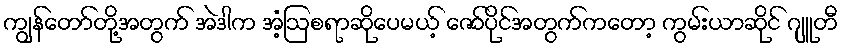
ကျွန်တော်တို့အတွက် အဲဒါက အံ့ဩစရာဆိုပေမယ့် ဇော်ပိုင်အတွက်ကတော့ ကွမ်းယာဆိုင် ဂျူတီ